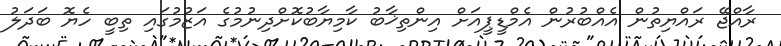
ރާއްޖޭ ރައްޔިތުން އެއްބުރުން އެމްޑީޕީއަށް އިންތިޚާބު ކާމިޔާބުކޮށްދިނުމުގެ އަޒުމުގައި ތިބީ ހެޔޮ ބަދަލު